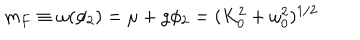
m _ { F } \equiv \omega ( \phi _ { 2 } ) = \mu + g \phi _ { 2 } = ( K _ { 0 } ^ { 2 } + \omega _ { 0 } ^ { 2 } ) ^ { 1 / 2 }